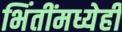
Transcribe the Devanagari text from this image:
भिंतींमध्येही